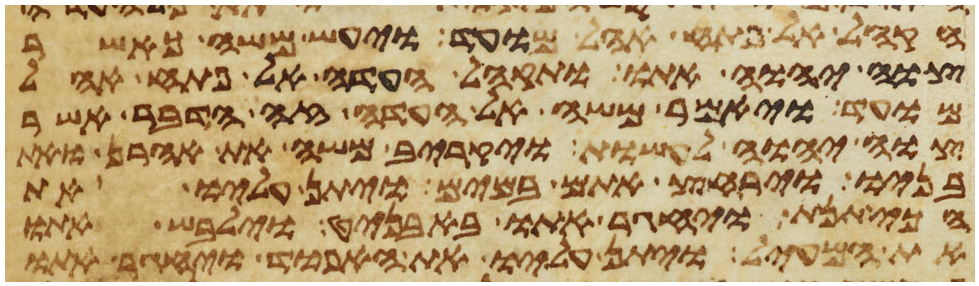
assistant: הקהל אל פתח אהל מועד ויעש משה כאשר
צוה יהוה אתו ותקהל העדה אל פתח אהל
מועד ויאמר משה אל העדה זה הדבר אשר
צוה יהוה לעשות ויקריב משה את אהרן ואת
בניו וירחץ אתם במים ויתן עליו את
הכיתנת ויחגר אתו באבניט וילבש אתו
את המעיל ויתן עליו את האפוד ויחגר אתו